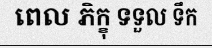
ពេល ភិក្ខុ ទទួល ទឹក